system: You are a helpful assistant.
user:
Analyze the provided spectrum to determine if it is a **Carbon Star (C-type)**.

- **Key Visual Indicators of Carbon Star:**
    - **(Primary):** Strong molecular absorption from **C₂ (diatomic carbon) "Swan Bands."** This is the **defining feature** of a carbon star.
        - **(Key Bandheads):** Sharp absorption edges are visible at approximately $5635$ Å, $5165$ Å (the strongest band), and $4737$ Å.
        - **(Line Profile):** Creates a distinct **"saw-tooth"** pattern. The key morphology is a sharp, steep bandhead on the **red (long-wavelength) side**, which then gradually tapers off (i.e., flux recovers) towards the **blue (short-wavelength) side**. *(This is the direct opposite of the TiO bands seen in M-type stars)*.

    - **(Secondary):** Intense **CN (cyanogen)** molecular absorption bands.
        - **(Key Bandheads):** Located in the blue and violet regions of the spectrum (e.g., near $4215$ Å and $3883$ Å).
        - **(Morphology):** These bands are extremely broad and act as a "blanket," absorbing the vast majority of blue and violet light. This creates a characteristic **"cliff"** or **"steep drop-off"** in the spectrum's flux at short wavelengths.

    - **(Key Confirmation):** Strong **CH absorption band (G-band)**.
        - **(Key Bandhead):** Located around $4300$ Å. The contribution from CH molecules to this band is exceptionally strong.

    - **(Overall Spectrum):**
        - The continuum is severely "chopped up" by these deep molecular bands, especially C₂, rather than appearing as a smooth curve.
        - Due to the heavy CN and C₂ absorption in the blue-green, the vast majority of the star's flux is concentrated in the red part of the spectrum, giving the star its characteristic deep red color.

Think first, call **spectral_visualization_tool** if needed to examine features in detail, then provide your final answer. Your response must adhere to the following strict rules:
1.  **Overall Structure:** Your response must follow the format `<think>...</think> <tool_call>...</tool_call> (if a tool is used) <answer>...</answer>`.
2.  **Tool Usage Constraint:** You may only make **one** tool call per turn.
3.  **Final Answer Format:** In the `<answer>` tag, your conclusion must be inside a `\boxed{}` command (e.g., `\boxed{YES}`), followed by your justification.

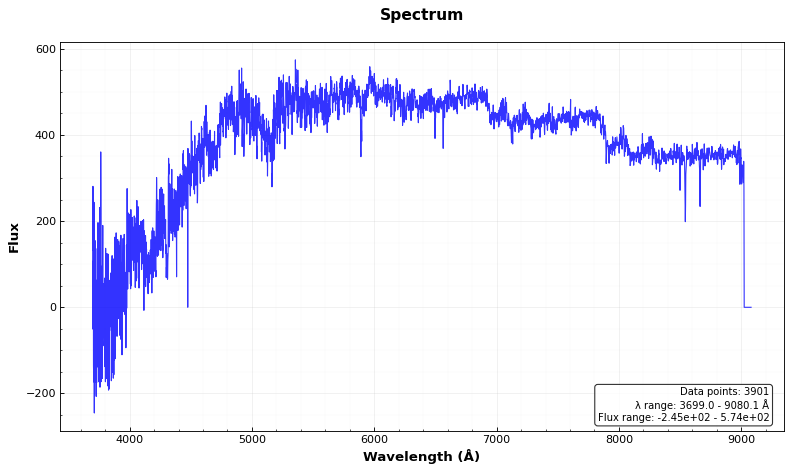
Answer: YES